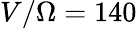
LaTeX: V/\Omega=140